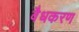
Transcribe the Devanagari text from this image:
वैधकरण